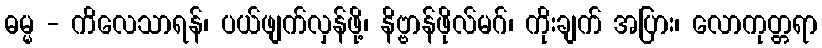
ဓမ္မ - ကိလေသာရန်၊ ပယ်ဖျက်လှန်ဖို့၊ နိဗ္ဗာန်ဖိုလ်မဂ်၊ ကိုးချက် အပြား၊ လောကုတ္တရာ